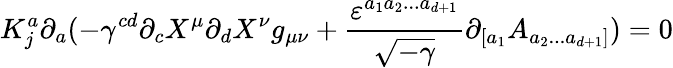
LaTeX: K_{j}^{a}\partial_{a}(-\gamma^{cd}\partial_{c}X^{\mu}\partial_{d}X^{\nu}g_{\mu\nu}+\frac{\varepsilon^{a_{1}a_{2}...a_{d+1}}}{\sqrt{-\gamma}}\partial_{[a_{1}}A_{a_{2}...a_{d+1}]})=0